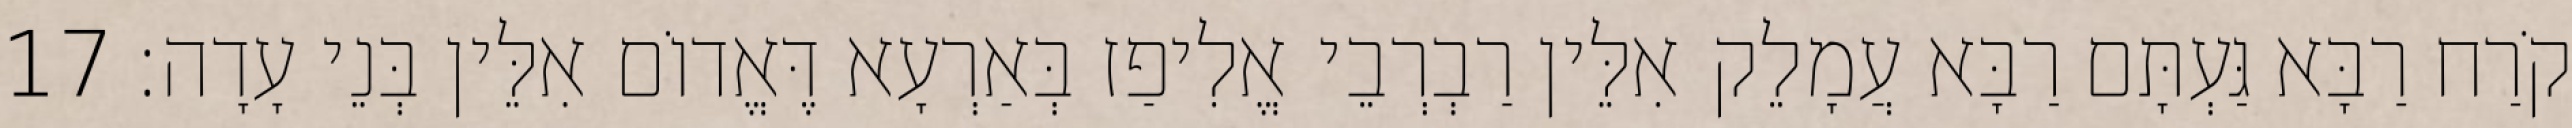
קֹרַח רַבָּא גַּעְתָּם רַבָּא עֲמָלֵק אִלֵּין רַבְרְבֵי אֱלִיפַז בְּאַרְעָא דֶּאֱדוֹם אִלֵּין בְּנֵי עָדָה׃ 17